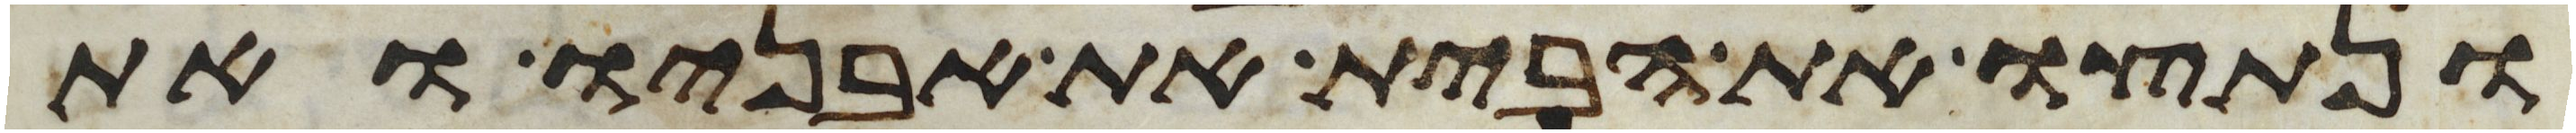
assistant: ונתצו את הבית את אבניו ואת